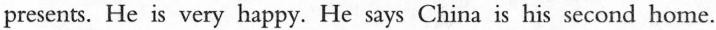
presents. He is very happy. He says China is his second home.